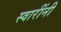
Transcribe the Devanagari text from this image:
स्वारींनी